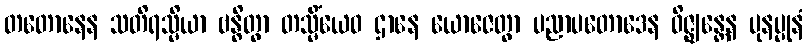
တတောနေန သတိရသ္မိယာ ဗန္ဓိတွာ တသ္မိံယေဝ ဌာနေ ယောဇေတွာ ပညာပတောဒေန ဝိဇ္ဈန္တေန ပုနပ္ပုနံ